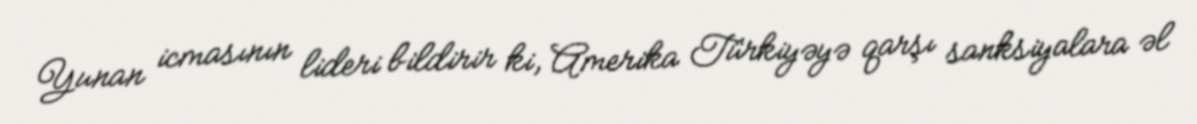
Yunan icmasının lideri bildirir ki, Amerika Türkiyəyə qarşı sanksiyalara əl